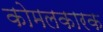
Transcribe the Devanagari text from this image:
कोमलकारक